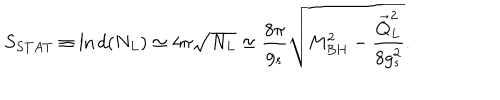
S _ { S T A T } \equiv \mathrm { l n } \, d ( N _ { L } ) \simeq 4 \pi \sqrt { N _ { L } } \simeq { \frac { 8 \pi } { g _ { s } } } \sqrt { M _ { B H } ^ { 2 } - { \frac { \vec { Q } _ { L } ^ { 2 } } { 8 g _ { s } ^ { 2 } } } } .